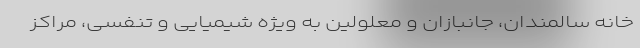
خانه سالمندان، جانبازان و معلولین به ویژه شیمیایی و تنفسی، مراکز